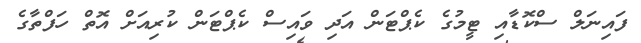
ފައިނަލް ސްކޮޑާއި ޓީމުގެ ކެޕްޓަން އަދި ވައިސް ކެޕްޓަން ކުރިއަށް އޮތް ހަފްތާގެ